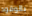
بالوقود